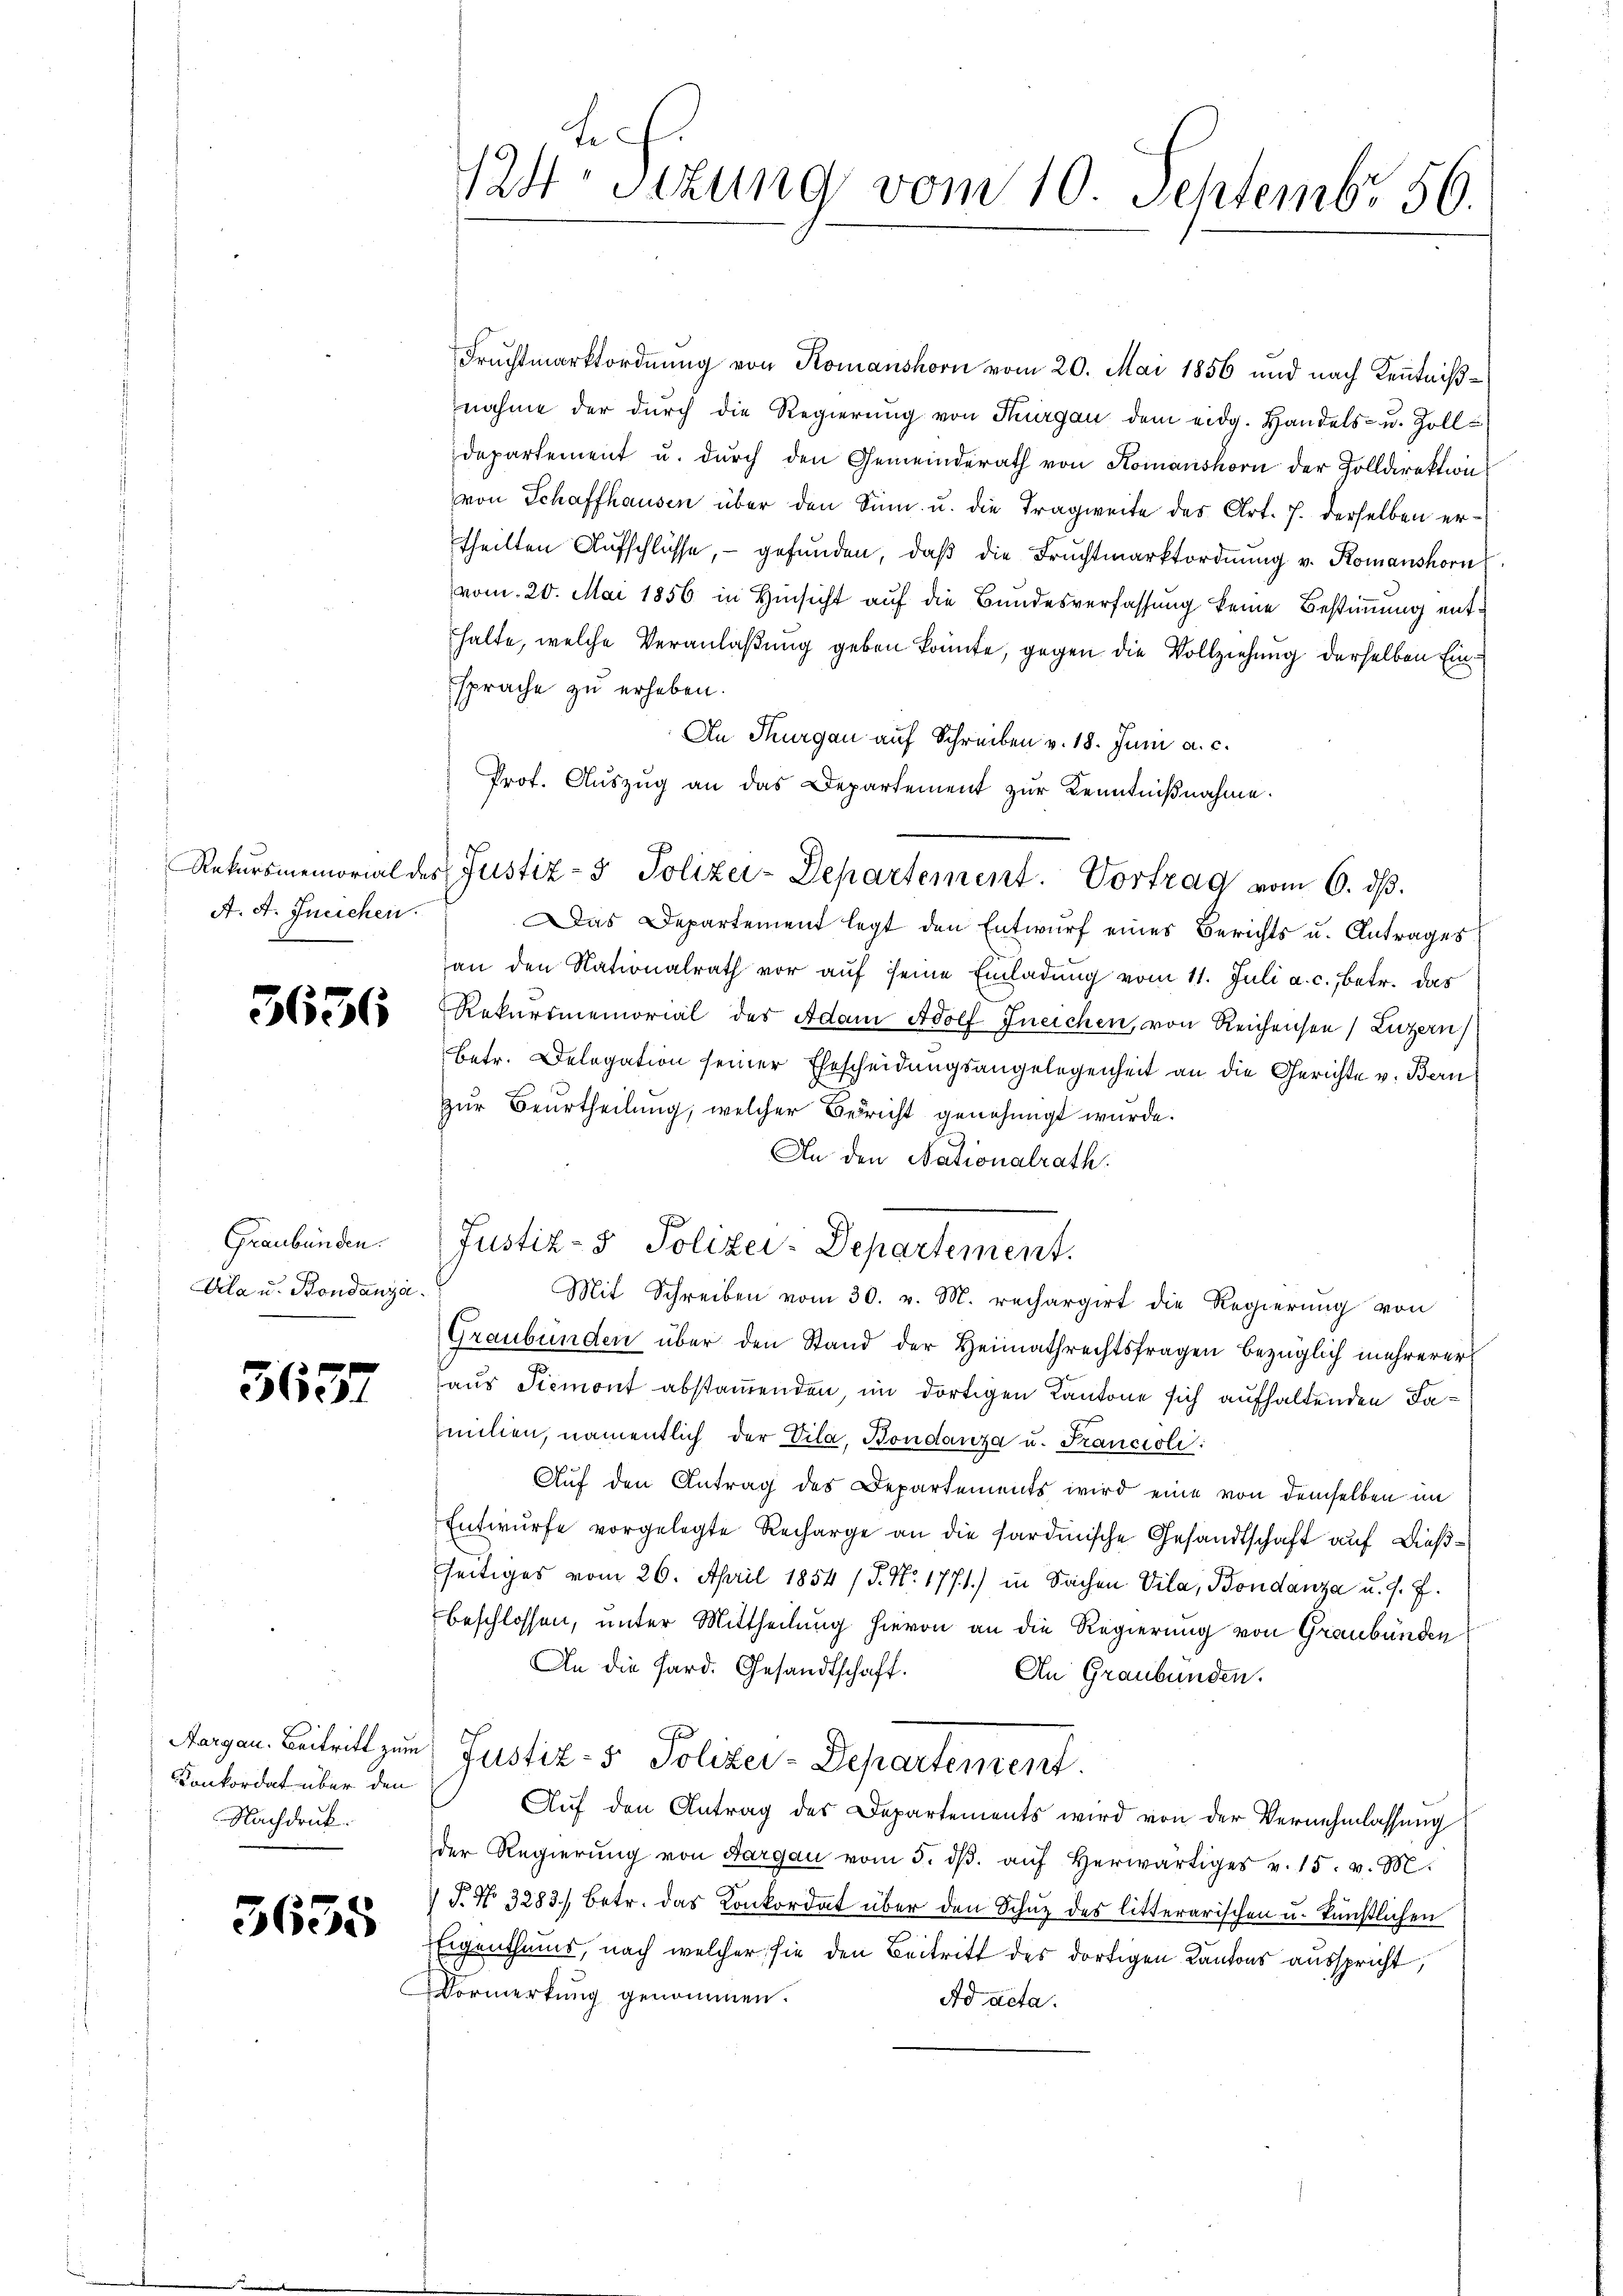
A. A. Ineichen.

3636

Graubünden.
Aela u. Bondanza.

563.

Konkordat über den
Nachdruck.

5658

Fruchtmarktordnung von Komanshorn vom 20. Mai 1856 und nach Kenntnißnahme der dŭrch die Regierŭng von Thurgau dem eidg. Handels- u. Zoll-
departement u. dŭrch den Gemeinderath von Komanshorn der Zolldirektion
von Schaffhausen über den Sinn u. die Tragweite des Art. 7. derselben ertheilten Aufschlüsse, gefunden, daβ die Fruchtmarktordnung v. Romanshorn
vom 20. Mai 1856 in Hinsicht auf die Bundesverfassung keine Bestimmung enthalte, welche Veranlaßung geben könnte, gegen die Vollziehung derselben Einsprache zu erheben.
An Thurgau auf Schreiben v. 18. Juni a. c.
Prot. Aŭszŭg an das Departement zur Kenntnißnahme.
Das Departement legt den Entwurf eines Berichts u. Antrages
an den Nationalrath vor aŭf seine Einladŭng vom 11. Juli a. c. betr. das
Rekursmemorial des Adam Adolf Ineichen, von Reichensee, Luzern
betr. Delegation seiner Ehescheidungsangelegenheit an die Gerichte v. Bern
zur Beurtheilung, welcher Bedricht genehmigt wurde.
An den Nationalrath
Justiz- & Polizei-Departement.
Mit Schreiben vom 30. v. M. rechargirt die Regierung von
Graubünden über den Stand der Heimathrechtsfragen bezüglich mehrerer
aus Piemont abstamenden, im dortigen Kantone sich aufhaltenden Familien, namentlich der Vila, Bondanza u. Francioli:
Auf den Antrag des Departements wird eine von demselben im
Entwurfe vorgelegte Recharge an die sardinische Gesandtschaft auf Dießseitiges vom 26. April 1854 / P. Nr. 1771) in Sachen Vila, Bondanza u. s. f.
beschlossen, unter Mittheilung hievon an die Regierung von Graubünden
An die Pard. Gesandtschaft.
An Graubünden.
F
Aargau. Beitritt zum Justiz- & Polizei-Departentent
Auf den Antrag des Departements wird von der Vernehmlassung
der Regierŭng von Aargau vom 5. dβ aŭf herwärtiges v. 15. v. M.
 J. No 3283) betr. das Konkordat über den Schutz des litterarischen u. künstlichen
Eigenthums, nach welcher sie den Beitritt des dortigen Kantons ausspricht,
Vormerkung genommen.
Ad acta.

te
124sezung vom 10. Septembr 56.

Rekursmemorial des Justiz- & Polizei-Departement. Vortrag vom 6. dβ.